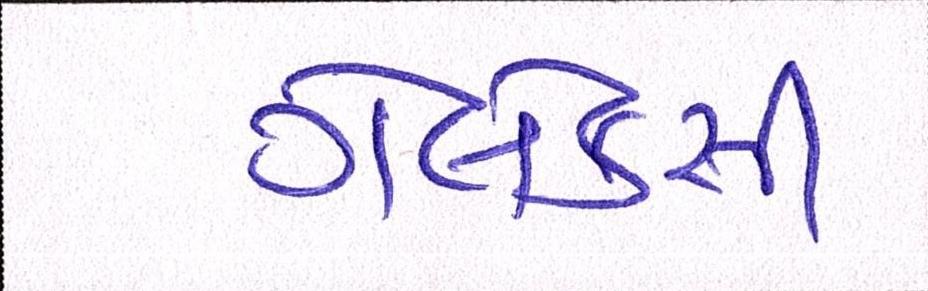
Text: ગેલેક્સી